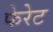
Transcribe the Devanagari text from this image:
फेरेट